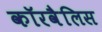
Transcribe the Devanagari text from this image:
कॉरवैलिस